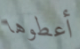
أعطوها